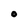
Character: O